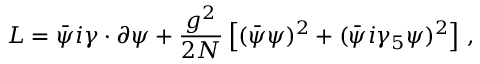
{ \cal L } = \bar { \psi } i { \gamma \cdot \partial } \psi + { \frac { g ^ { 2 } } { 2 N } } \left[ ( \bar { \psi } \psi ) ^ { 2 } + ( \bar { \psi } i \gamma _ { 5 } \psi ) ^ { 2 } \right] \, ,